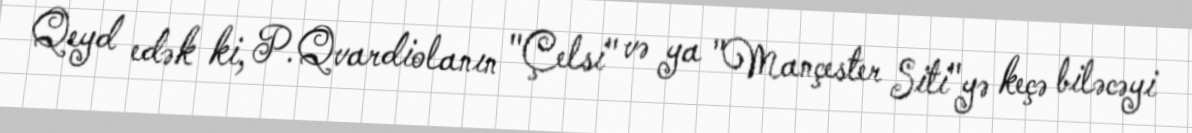
Qeyd edək ki, P.Qvardiolanın "Çelsi" və ya "Mançester Siti"yə keçə biləcəyi